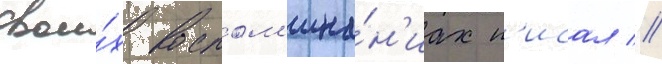
свои́х воспом'ина́н'иах п'исал //